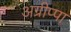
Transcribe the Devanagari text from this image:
अग्रीप्पा